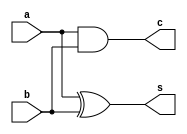
module hab(a,b,s,c);
input a,b;
output reg s,c;

always@(*)begin
s=a^b;
c=a&b;
end
endmodule